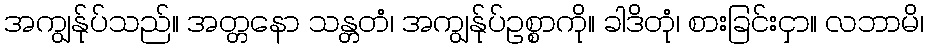
အကျွန်ုပ်သည်။ အတ္တနော သန္တတံ၊ အကျွန်ုပ်ဥစ္စာကို။ ခါဒိတုံ၊ စားခြင်းငှာ။ လဘာမိ၊